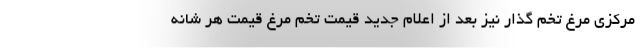
مرکزی مرغ تخم گذار نیز بعد از اعلام جدید قیمت تخم مرغ قیمت هر شانه